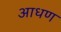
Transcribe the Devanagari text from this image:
आधण